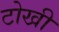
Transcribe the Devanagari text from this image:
टोखी